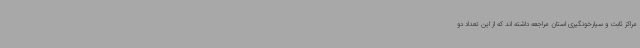
مراکز ثابت و سیارخونگیری استان مراجعه داشته اند که از این تعداد دو